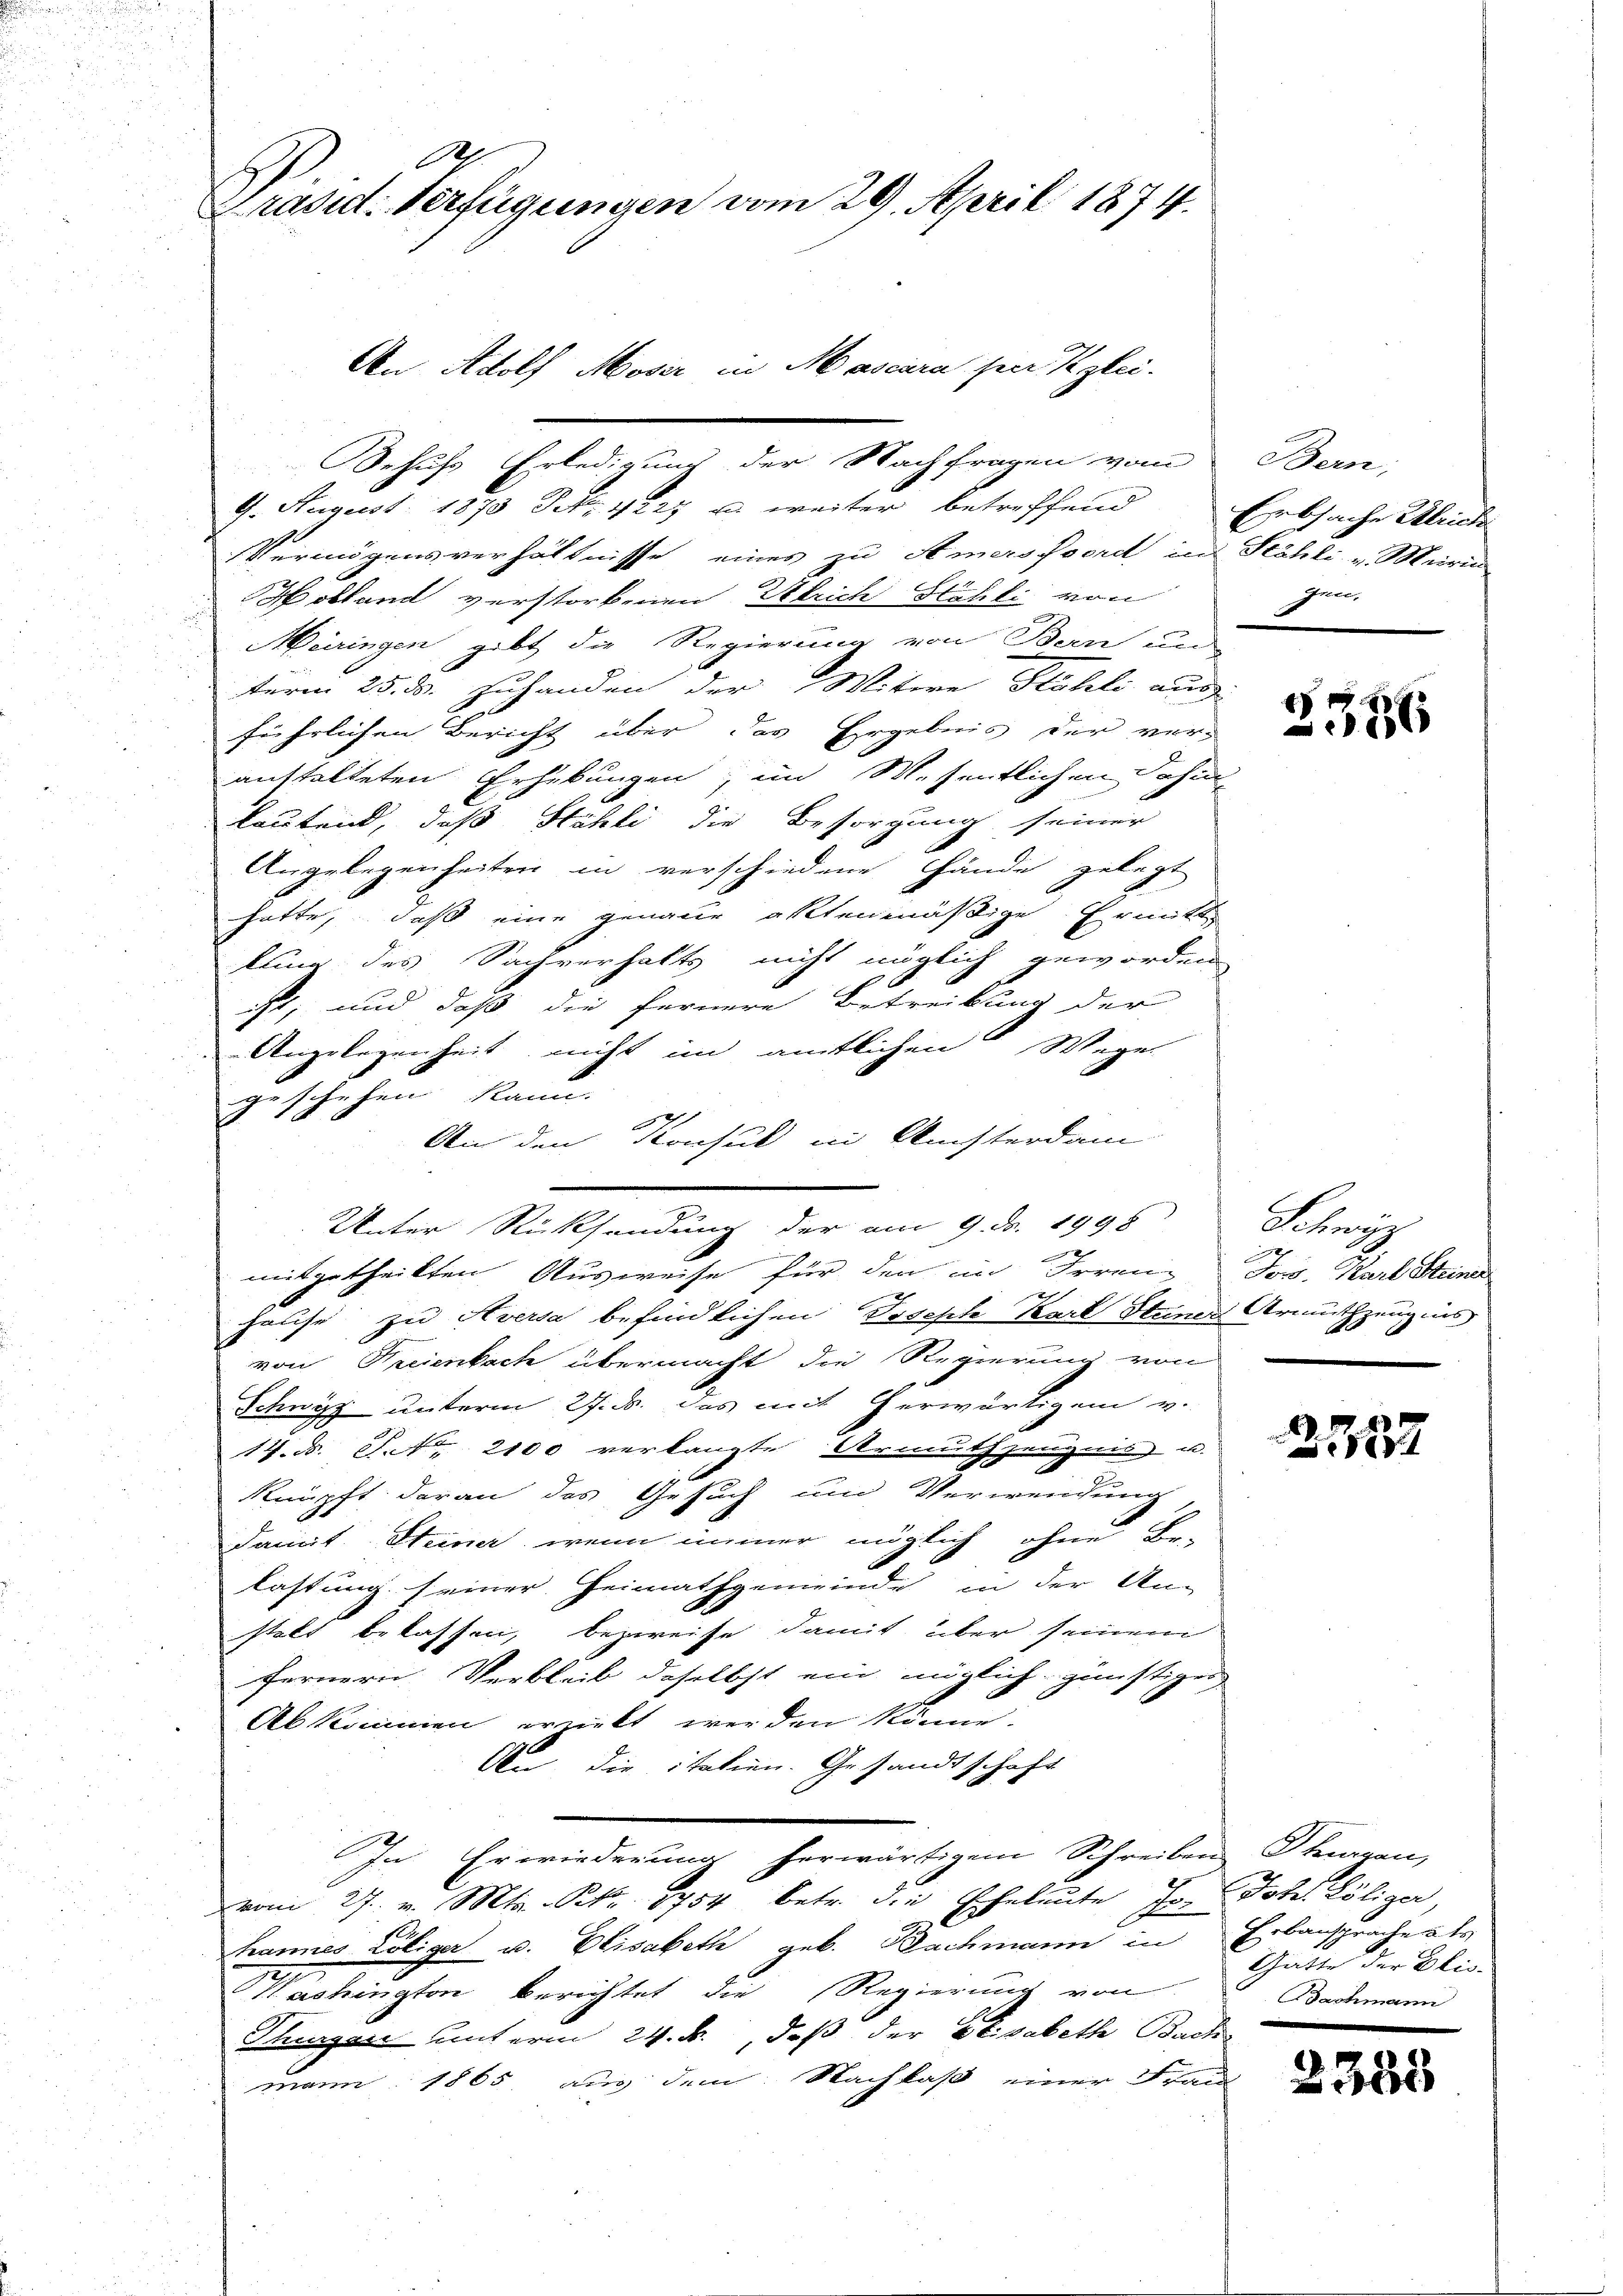
O.
Präsid. Verfügungen vom 29. April 1874.
An Adolf Moser in Mascara hier Klei-

ehufs Erledigung der Nachfragen vom Bern,
4. August 1873 Frk. 4227 u. weiter betreffend
Vermögensverhältnisse eines zu Amers ford in Stähli v. Mairin
Holland verstorbenen Ulrich Stähli von
Meiringen, gibt die Regierung von Bern und
term 25. ds. zuhanden der Witwe Stohli aus
führlichen Bericht über das Ergebnis der verg
anstalteten Erhebungen, im Wesentlichen Jahin-
lautend, daß Höhli die Besorgung seiner
Angelegenheiten in verschiedene Hände gelegt
hatte, daß eine genaue altenmäßige Ermitte
tuung des Sachverhalts nicht möglich geworden,
ist, und daß die fernere Betreibung der
Angelegenheit nicht im amtlichen Wege
geschehen kann.
An den Konsul in Ansterdam
Unter Rücksendung der am 9. d. 1998
mitgetheilten Ausweise für den in Irren Jos. Karl Steine
hause zu Aversa befindlichen Joseph Karl Steiner Armuthzeug ins
von Freienbach übermacht die Regierung von
Schwyz unterm 27. ds. das mit herwärtigen v.
17. d. J. No 2100 verlangte Armuthzeugnis u.
knüpft daran das Gesuch um Verwendung
damit Steiner, wenn immer möglich ohne Be-
lastung seiner Heimathgemeinde in der An-
stalt belassen, bezweise damit über seinem
fernern Verbleib daselbst ein möglich günstigen
Abkommen erzielt werden könne.
An die italien. Gesandtschaft
In Erwiederung herwärtigem Schreiben Sturzen,
vom 27. v. Mts. Sekr. 1754 betr. die Eheleute Jo. Joh. Polize
Frames Löliger u. Elisabeth geb. Bachmann in Erbansprache als
Hachington berichtet die Regierung von
Thurger unterm 24. M., daß der Elisabeth Bach
mann 1865 aus dem Nachlaß einer Frau

Erbsache Gleiche
Grete,
2

2356

Schwyz
.

317

Gatte der Elis.
Bachmann

2388